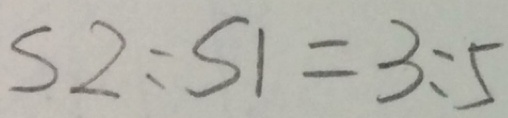
S 2 : S 1 = 3 : 5